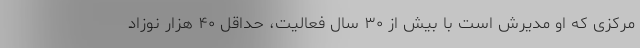
مرکزی که او مدیرش است با بیش از ۳۰ سال فعالیت، حداقل ۴۰ هزار نوزاد